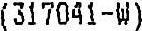
(317041-W)